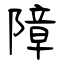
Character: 障